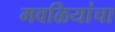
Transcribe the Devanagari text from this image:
मवळियांचा